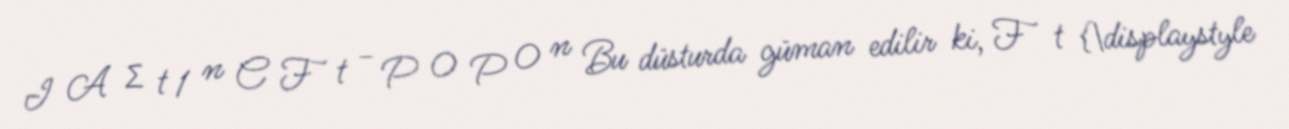
I A ∑ t 1 n C F t − P 0 P 0 n Bu düsturda güman edilir ki, F t {\displaystyle